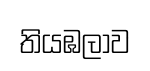
තියඹලාව